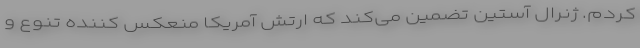
کردم. ژنرال آستین تضمین می‌کند که ارتش آمریکا منعکس کننده تنوع و